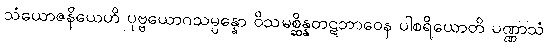
သံယောဇနိယေဟိ ပုဗ္ဗယောဂသမ္ပန္နော ဝိသမစ္ဆိန္နတဋဘာဝေန ပါစရိယောတိ ပဏ္ဏာသံ